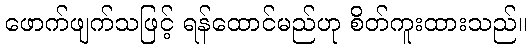
ဖောက်ဖျက်သဖြင့် ရန်ထောင်မည်ဟု စိတ်ကူးထားသည်။